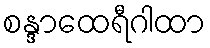
စန္ဒာထေရီဂါထာ